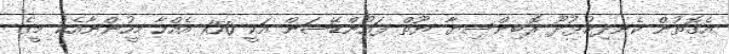
އެގޮތުން ކެނދިކުޅުދޫ ރޮބިންސިޔާ ޔޫތް ފައުންޑޭޝަން އަކީ 150 އެއްހާ މީހުންނާއެކު މީގެ